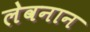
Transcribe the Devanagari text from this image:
लेवनान